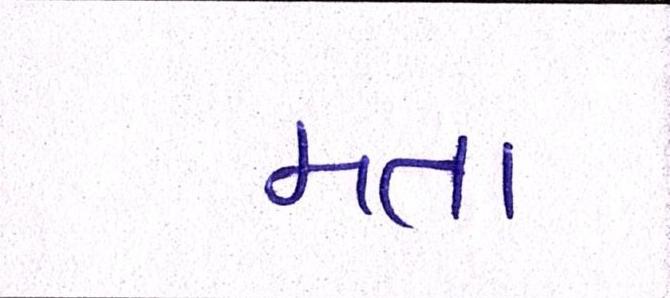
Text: મતા